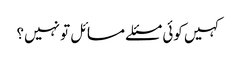
کہیں کوئی مسئلے مسائل تو نہیں؟